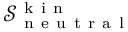
\mathcal { S } _ { \mathrm { ~ n ~ e ~ u ~ t ~ r ~ a ~ l ~ } } ^ { \mathrm { ~ k ~ i ~ n ~ } }